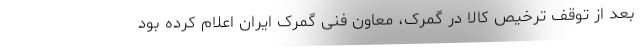
بعد از توقف ترخیص کالا در گمرک، معاون فنی گمرک ایران اعلام کرده بود